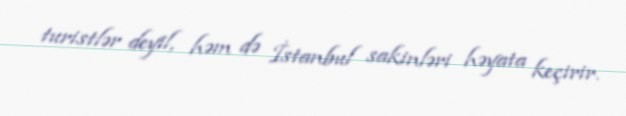
turistlər deyil, həm də İstanbul sakinləri həyata keçirir.